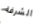
الشرفة